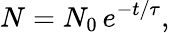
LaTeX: N=N_{0}\, e^{-t/\tau},